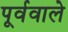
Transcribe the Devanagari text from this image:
पूर्ववाले